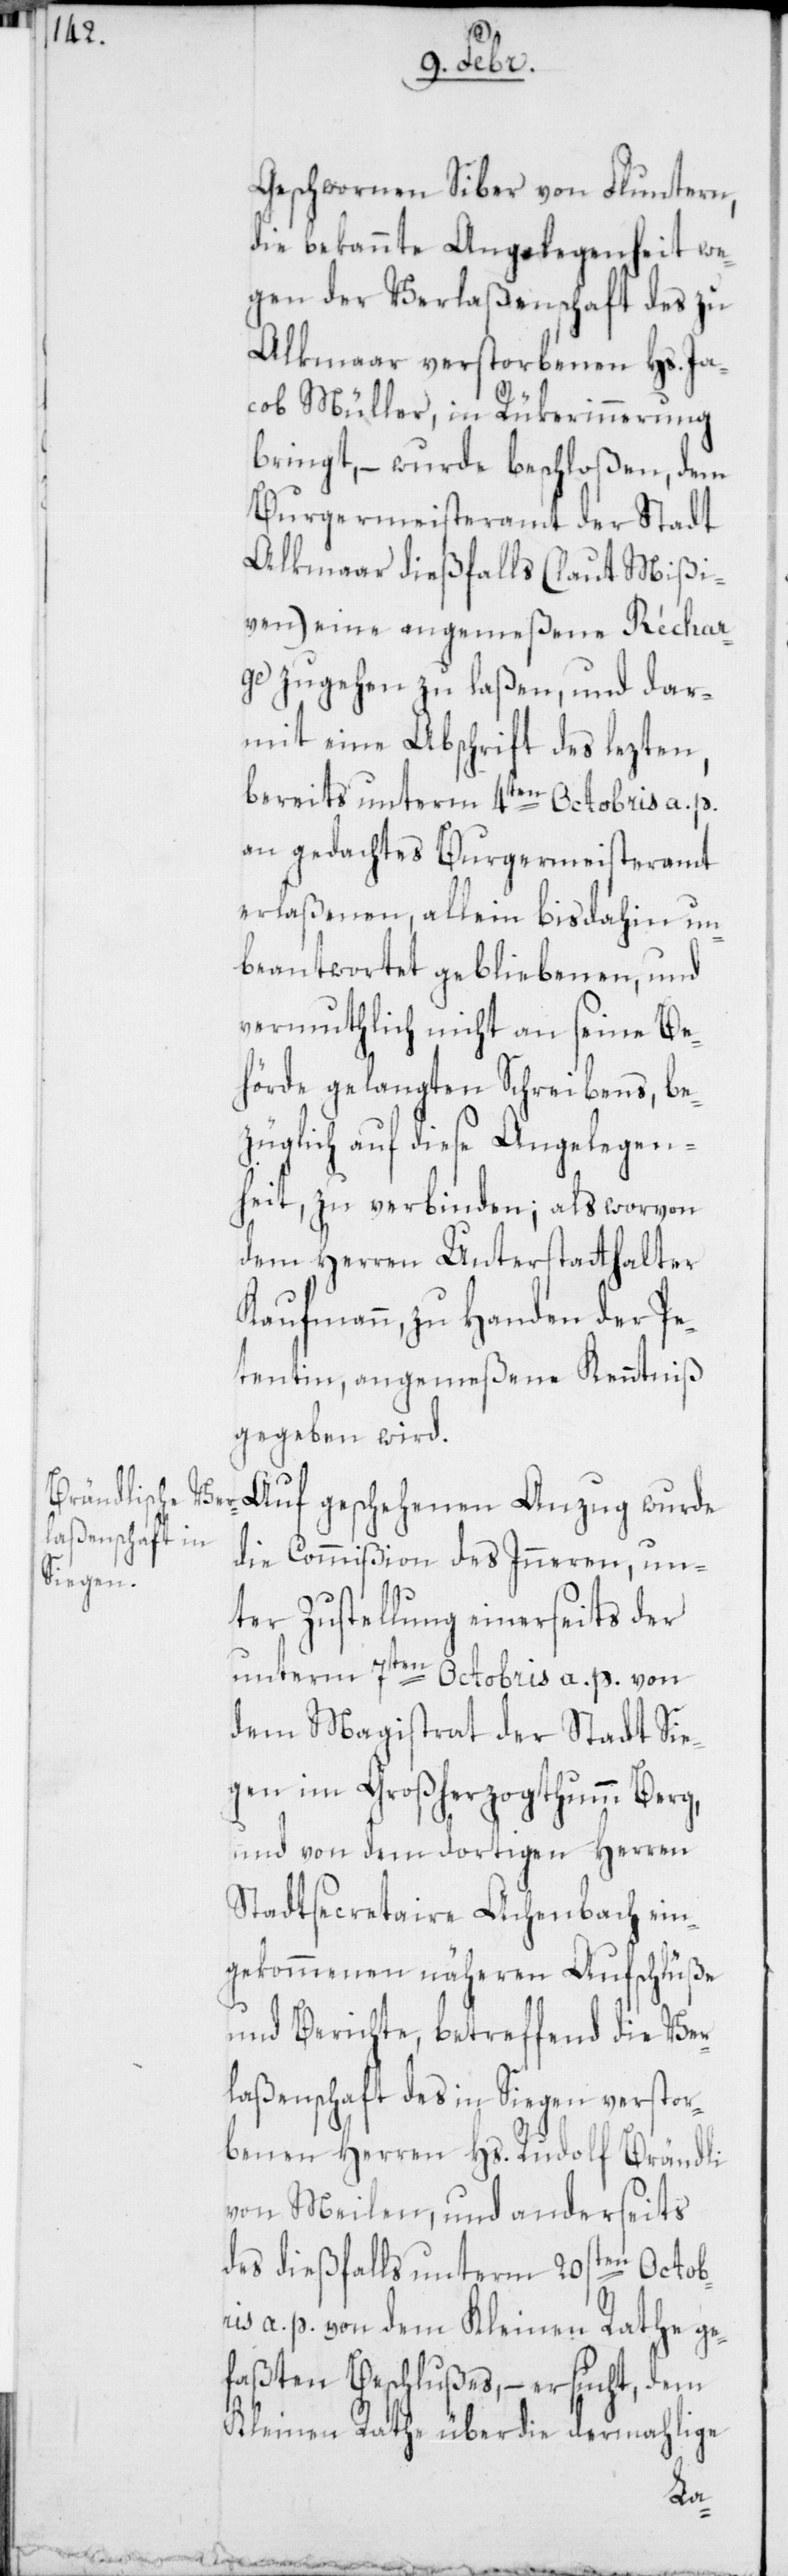
Geschwornen Siber von Fluntern,
die bekannte Angelegenheit we¬
gen der Verlaßenschaft des zu
Alkmaar verstorbenen Hs. Ja¬
cob Müller, in Rükerinnerung
bringt, – wurde beschloßen, dem
Burgermeisteramt der Stadt
Alkmaar dießfalls (laut Mißi¬
ven) eine angemeßene Réchar¬
ge zugehen zu laßen, und dar¬
mit eine Abschrift des lezten,
bereits unterm 4ten Octobris a. p.
an gedachtes Burgermeisteramt
erlaßenen, allein bis dahin un¬
beantwortet gebliebenen, und
vermuthlich nicht an seine Be¬
hörde gelangten Schreibens, be¬
züglich auf diese Angelegen¬
heit, zu verbinden; als worvon
dem Herren Unterstatthalter
Kaufmann, zu Handen der Pe¬
tentin, angemeßene Kenntniß
gegeben wird.
Aug geschehenen Anzug wurde
die Commißion des Inneren, un¬
ter Zustellung einerseits der
unterm 7ten Octobris a. p. von
dem Magistrat der Stadt Sie¬
gen im Großherzogthum Berg,
und von dem dortigen Herren
Stadtsecretaire Achenbach ein¬
gekommenen näheren Aufschlüße
und Berichte, betreffend die Ver¬
laßenschaft des in Siegen verstor¬
benen Herren Hs. Rudolf Brändli
von Meilen, und anderseits
des dießfalls unterm 20sten Octob¬
ris a. p. von dem Kleinen Rathe ge¬
faßten Beschlußes, – ersucht, dem
Kleinen Rathe über die dermahlige